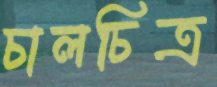
চালচিত্র